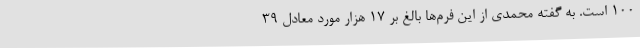
۱۰۰ است. به گفته محمدی از این فرم‌ها بالغ بر ۱۷ هزار مورد معادل ۳۹